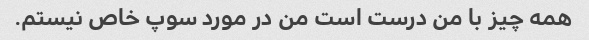
همه چیز با من درست است من در مورد سوپ خاص نیستم.